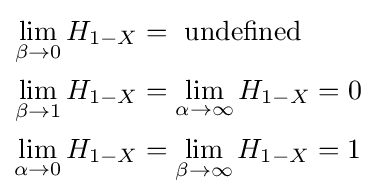
{\begin{aligned}\lim _{\beta \to 0}H_{1-X}&={\text{ undefined }}\\\lim _{\beta \to 1}H_{1-X}&=\lim _{\alpha \to \infty }H_{1-X}=0\\\lim _{\alpha \to 0}H_{1-X}&=\lim _{\beta \to \infty }H_{1-X}=1\end{aligned}}